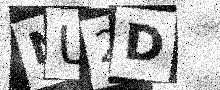
Text: NU2D